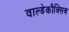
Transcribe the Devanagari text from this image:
वाल्डेकौक्सिब